Lunatic asylums Central Provinces reports 1895-1909 - 1895-1909
Year: 1895
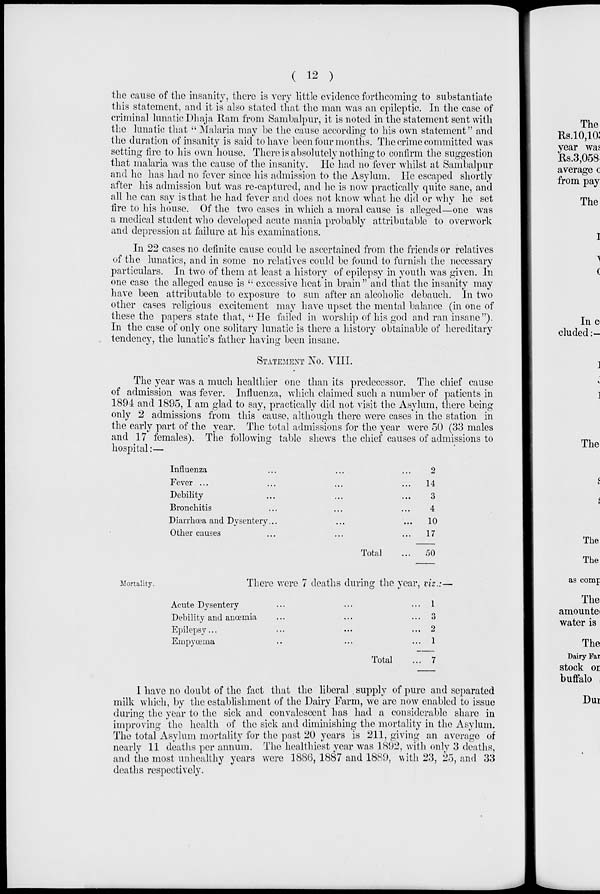
( 12 )
the cause of the insanity, there is very little evidence forthcoming to substantiate
this statement, and it is also stated that the man was an epileptic. In the case of
criminal lunatic Dhaja Ram from Sambalpur, it is noted in the statement sent with
the lunatic that " Malaria may be the cause according to his own statement" and
the duration of insanity is said to have been four months. The crime committed was
setting fire to his own house. There is absolutely nothing to confirm the suggestion
that malaria was the cause of the insanity. He had no fever whilst at Sambalpur
and he has had no fever since his admission to the Asylum. He escaped shortly
after his admission but was re-captured, and he is now practically quite sane, and
all he can say is that he had fever and does not know what he did or why he set
fire to his house. Of the two cases in which a moral cause is alleged—one was
a medical student who developed acute mania probably attributable to overwork
and depression at failure at his examinations.
In 22 cases no definite cause could be ascertained from the friends or relatives
of the lunatics, and in some no relatives could be found to furnish the necessary
particulars. In two of them at least a history of epilepsy in youth was given. In
one case the alleged cause is " excessive heat in brain" and that the insanity may
have been attributable to exposure to sun after an alcoholic debauch. In two
other cases religious excitement may have upset the mental balance (in one of
these the papers state that, " He failed in worship of his god and ran insane").
In the case of only one solitary lunatic is there a history obtainable of hereditary
tendency, the lunatic's father having been insane.
STATEMENT No. VIII.
The year was a much healthier one than its predecessor. The chief cause
of admission was fever. Influenza, which claimed such a number of patients in
1894 and 1895, I am glad to say, practically did not visit the Asylum, there being
only 2 admissions from this cause, although there were cases in the station in
the early part of the year. The total admissions for the year were 50 (33 males
and 17 females). The following table shews the chief causes of admissions to
hospital:—
Influenza ... ... ...
Fever ... ... ...
Debility... ... ...
Bronchitis... ... ...
Diarrhœa and Dysentery... ... ...
Other causes... ... ...
Total...
2
14
3
4
10
17
50
Mortality.
There were 7 deaths during the year, viz.:—
Acute Dysentery... ... ...
Debility and anœmia... ... ...
Epilepsy... ... ...
Empyœma... ... ...
Total...
1
3
2
1
7
I have no doubt of the fact that the liberal . supply of pure and separated
milk which, by the establishment of the Dairy Farm, we are now enabled to issue
during the year to the sick and convalescent has had a considerable share in
improving the health of the sick and diminishing the mortality in the Asylum.
The total Asylum mortality for the past 20 years is 211, giving an average of
nearly 11 deaths per annum. The healthiest year was 1892, with only 3 deaths,
and the most unhealthy years were 1886, 1887 and 1889, with 23, 25, and 33
deaths respectively.